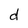
Character: d